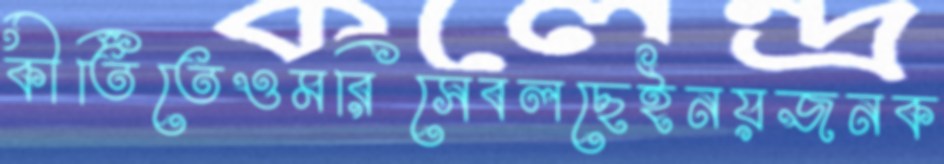
কীর্তিতেওমরিসেবলছেইনয়জনক